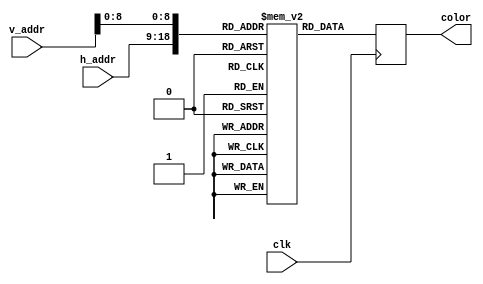
module process_pic(h_addr,v_addr,clk,color);

input [9:0] h_addr;
input [9:0] v_addr;
input clk;
output reg [11:0] color;
reg [18:0] addr;
(*ram_init_file="my_picture.mif"*) reg [11:0]vga[327679:0];

always @(posedge clk)
	begin
		addr={h_addr,v_addr[8:0]};
		color=vga[addr];
	end
	
endmodule